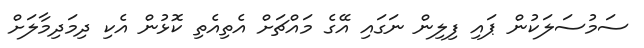
ސަމުސަލަކުން ޕައި ފިލިން ނަގައި އޭގެ މައްޗަށް އެތިއެތި ކޮޅުން އެކި ދިމަދިމާލަށް